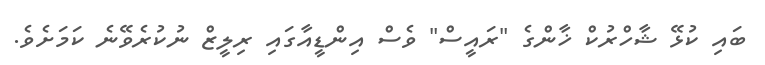
ބައި ކުޅޭ ޝާހްރުކް ޚާންގެ "ރައީސް" ވެސް އިންޑީއާގައި ރިލީޒް ނުކުރެވޭނެ ކަމަށެވެ.